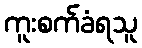
ကူးစက်ခံရသူ